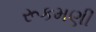
રૂકમણી